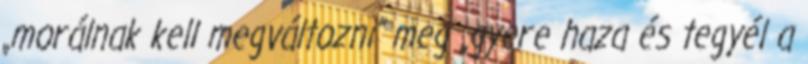
„morálnak kell megváltozni” meg „gyere haza és tegyél a